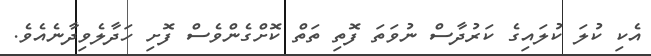
އެކި ކުލަ ކުލައިގެ ކަރުދާސް ނުވަތަ ފޮތި ތަތް ކޮށްގެންވެސް ފޮށި ހަދާލެވިދާނެއެވެ.